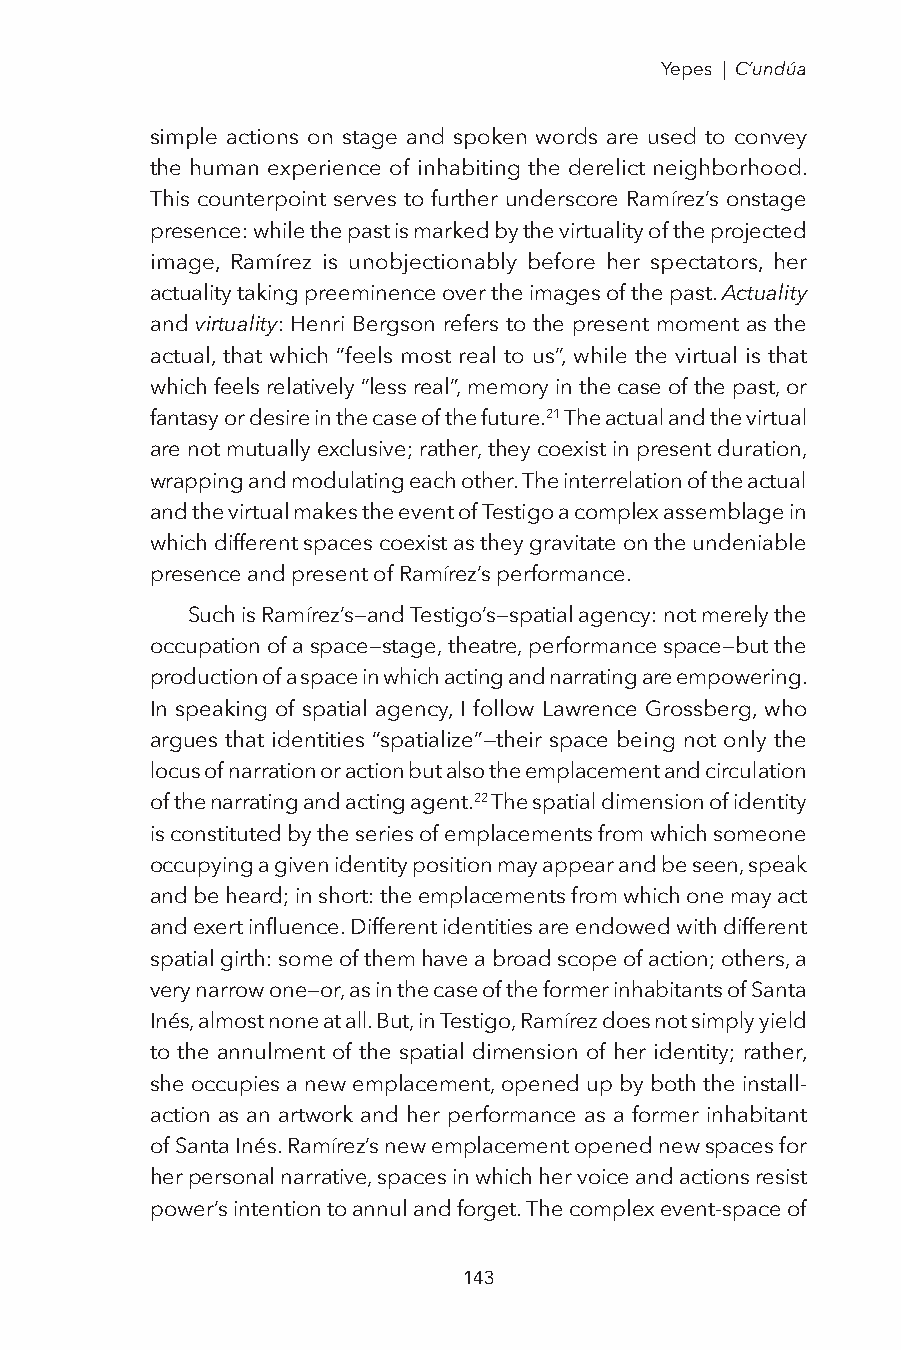
Yepes | C’undúa
 simple actions on stage and spoken words are used to convey
 the human experience of inhabiting the derelict neighborhood.
 This counterpoint serves to further underscore Ramírez’s onstage
 presence: while the past is marked by the virtuality of the projected
 image, Ramírez is unobjectionably before her spectators, her
 actuality taking preeminence over the images of the past. Actuality
 and virtuality: Henri Bergson refers to the present moment as the
 actual, that which “feels most real to us”, while the virtual is that
 which feels relatively “less real”, memory in the case of the past, or
 fantasy or desire in the case of the future.21 The actual and the virtual
 are not mutually exclusive; rather, they coexist in present duration,
 wrapping and modulating each other. The interrelation of the actual
 and the virtual makes the event of Testigo a complex assemblage in
 which different spaces coexist as they gravitate on the undeniable
 presence and present of Ramírez’s performance.
 Such is Ramírez’s—and Testigo’s—spatial agency: not merely the
 occupation of a space—stage, theatre, performance space—but the
 production of a space in which acting and narrating are empowering.
 In speaking of spatial agency, I follow Lawrence Grossberg, who
 argues that identities “spatialize”—their space being not only the
 locus of narration or action but also the emplacement and circulation
 of the narrating and acting agent.22 The spatial dimension of identity
 is constituted by the series of emplacements from which someone
 occupying a given identity position may appear and be seen, speak
 and be heard; in short: the emplacements from which one may act
 and exert influence. Different identities are endowed with different
 spatial girth: some of them have a broad scope of action; others, a
 very narrow one—or, as in the case of the former inhabitants of Santa
 Inés, almost none at all. But, in Testigo, Ramírez does not simply yield
 to the annulment of the spatial dimension of her identity; rather,
 she occupies a new emplacement, opened up by both the install-
 action as an artwork and her performance as a former inhabitant
 of Santa Inés. Ramírez’s new emplacement opened new spaces for
 her personal narrative, spaces in which her voice and actions resist
 power’s intention to annul and forget. The complex event-space of
 143